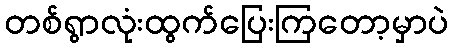
တစ်ရွာလုံးထွက်ပြေးကြတော့မှာပဲ